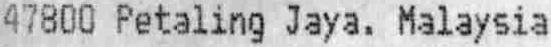
47800 PETALING JAYA. MALAYSIA